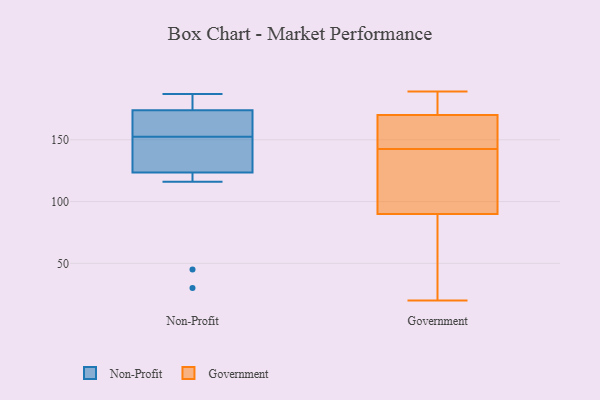
{"axis": {"x": "Satisfaction Score", "y": "Value"}, "legend": ["Government", "Non-Profit"], "data": [{"x": "", "y": 187, "type": "Non-Profit"}, {"x": "", "y": 165, "type": "Non-Profit"}, {"x": "", "y": 131, "type": "Non-Profit"}, {"x": "", "y": 116, "type": "Non-Profit"}, {"x": "", "y": 171, "type": "Non-Profit"}, {"x": "", "y": 156, "type": "Non-Profit"}, {"x": "", "y": 136, "type": "Non-Profit"}, {"x": "", "y": 149, "type": "Non-Profit"}, {"x": "", "y": 177, "type": "Non-Profit"}, {"x": "", "y": 179, "type": "Non-Profit"}, {"x": "", "y": 30, "type": "Non-Profit"}, {"x": "", "y": 45, "type": "Non-Profit"}, {"x": "", "y": 161, "type": "Government"}, {"x": "", "y": 172, "type": "Government"}, {"x": "", "y": 170, "type": "Government"}, {"x": "", "y": 112, "type": "Government"}, {"x": "", "y": 141, "type": "Government"}, {"x": "", "y": 189, "type": "Government"}, {"x": "", "y": 54, "type": "Government"}, {"x": "", "y": 158, "type": "Government"}, {"x": "", "y": 90, "type": "Government"}, {"x": "", "y": 20, "type": "Government"}, {"x": "", "y": 40, "type": "Government"}, {"x": "", "y": 144, "type": "Government"}, {"x": "", "y": 184, "type": "Government"}, {"x": "", "y": 159, "type": "Government"}, {"x": "", "y": 120, "type": "Government"}, {"x": "", "y": 71, "type": "Government"}, {"x": "", "y": 133, "type": "Government"}, {"x": "", "y": 177, "type": "Government"}]}